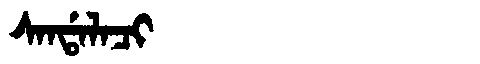
Manchu: ᠰᠠᠨᡩᠠᠯᠠᠴᡳ
Romanization: SANDALACI